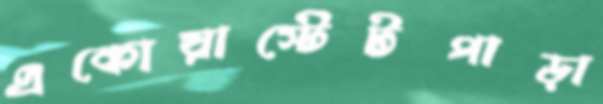
একোয়াস্টেটপাড়া